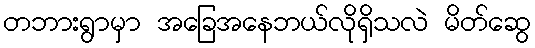
တဘားရွာမှာ အခြေအနေဘယ်လိုရှိသလဲ မိတ်ဆွေ